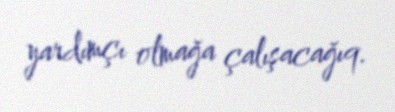
yardımçı olmağa çalışacağıq.